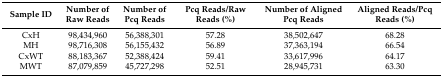
| Sample ID | Number of Raw Reads | Number of Pcq Reads | Pcq Reads/Raw Reads (%) | Number of Aligned Pcq Reads | Aligned Reads/Pcq Reads (%) |
 | --- | --- | --- | --- | --- | --- |
 | CxH | 98,434,960 | 56,388,301 | 57.28 | 38,502,647 | 68.28 |
 | MH | 98,716,308 | 56,155,432 | 56.89 | 37,363,194 | 66.54 |
 | CxWT | 88,183,367 | 52,388,424 | 59.41 | 33,617,996 | 64.17 |
 | MWT | 87,079,859 | 45,727,298 | 52.51 | 28,945,731 | 63.30 |